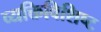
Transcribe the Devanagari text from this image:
व्यक्तिविशिष्ट